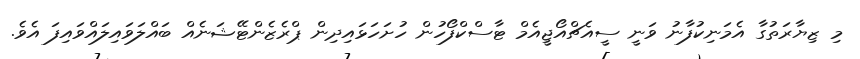
މި ޒިޔާރަތުގާ އެމަނިކުފާނު ވަނީ ސީއެޗްއޯޖީއެމް ޓާސްކްފޯހުން ހުށަހަޅައިދިން ޕްރެޒެންޓޭޝަނެއް ބައްލަވައިލައްވައިފަ އެވެ.